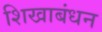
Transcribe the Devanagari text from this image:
शिखाबंधन